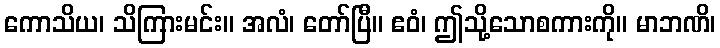
ကောသိယ၊ သိကြားမင်း။ အလံ၊ တော်ပြီ။ ဧဝံ၊ ဤသို့သောစကားကို။ မာဘဏိ၊